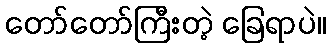
တော်တော်ကြီးတဲ့ ခြေရာပဲ။